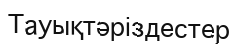
Тауықтәріздестер